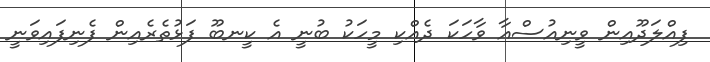
ފިއްލަދޫއިން ވީނިއުސްއާ ވާހަކަ ދެއްކި މީހަކު ބުނީ އެ ކީނބޫ ފަޅުތެރެއިން ފެނިފައިވަނީ